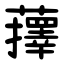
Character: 蘀